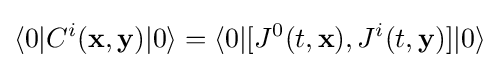
\langle 0|C^{i}(\mathbf {x} ,\mathbf {y} )|0\rangle =\langle 0|[J^{0}(t,\mathbf {x} ),J^{i}(t,\mathbf {y} )]|0\rangle